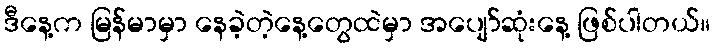
ဒီနေ့က မြန်မာမှာ နေခဲ့တဲ့နေ့တွေထဲမှာ အပျော်ဆုံးနေ့ ဖြစ်ပါတယ်။